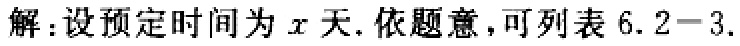
解：设预定时间为\(x\)天. 依题意，可列表\(6.2 - 3.\)